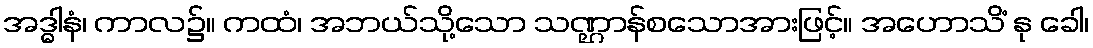
အဒ္ဓါနံ၊ ကာလ၌။ ကထံ၊ အဘယ်သို့သော သဏ္ဌာန်စသောအားဖြင့်။ အဟောသိံ နု ခေါ၊